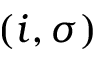
( i , \sigma )